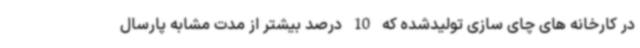
در کارخانه های چای سازی تولیدشده که 10 درصد بیشتر از مدت مشابه پارسال